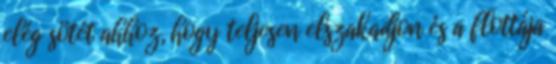
elég sötét ahhoz, hogy teljesen elszakadjon és a flottája